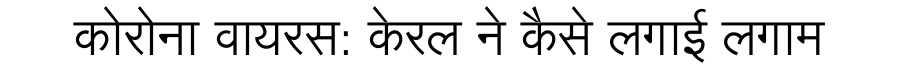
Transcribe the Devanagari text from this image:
कोरोना वायरस: केरल ने कैसे लगाई लगाम